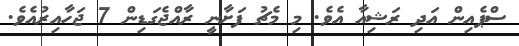
ސްޕެއިން އަދި ރަޝިއާ އެވެ. މި މެޗު ފަށާނީ ރާއްޖެގަޑިން 7 ޖަހާއިރުއެވެ.